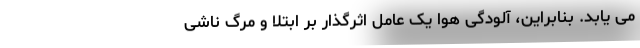
می یابد. بنابراین، آلودگی هوا یک عامل اثرگذار بر ابتلا و مرگ ناشی